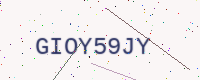
Text: GIOY59JY